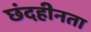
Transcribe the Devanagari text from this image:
छंदहीनता